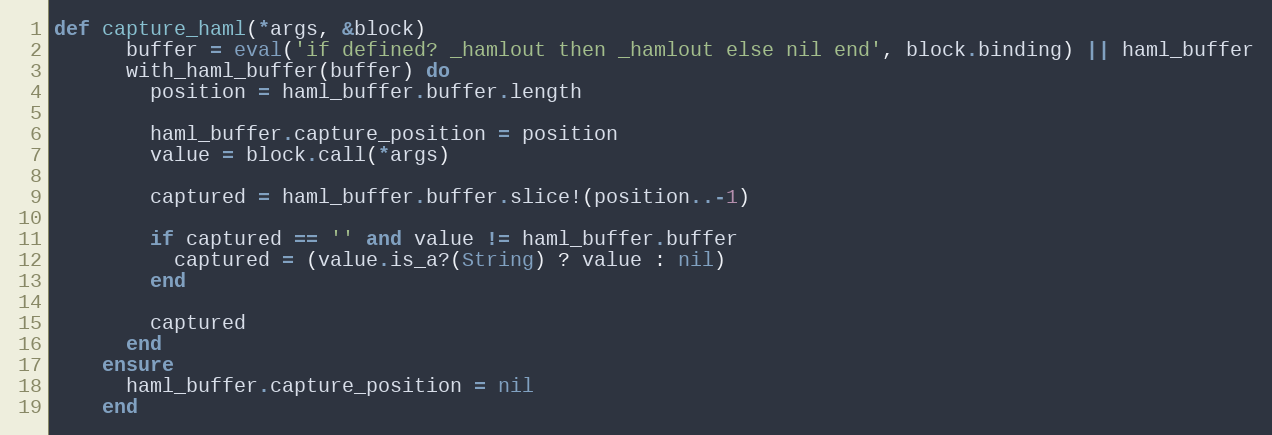
Language: Ruby
def capture_haml(*args, &block)
      buffer = eval('if defined? _hamlout then _hamlout else nil end', block.binding) || haml_buffer
      with_haml_buffer(buffer) do
        position = haml_buffer.buffer.length

        haml_buffer.capture_position = position
        value = block.call(*args)

        captured = haml_buffer.buffer.slice!(position..-1)

        if captured == '' and value != haml_buffer.buffer
          captured = (value.is_a?(String) ? value : nil)
        end

        captured
      end
    ensure
      haml_buffer.capture_position = nil
    end